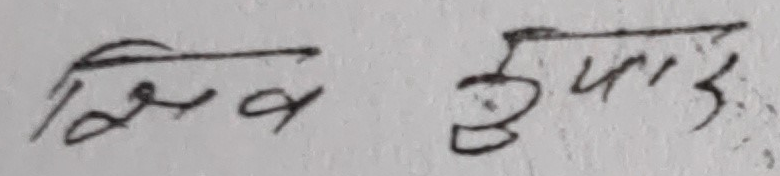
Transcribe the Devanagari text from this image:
शिव टुक्रा ३.